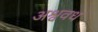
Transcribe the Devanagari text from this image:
अश्ववध